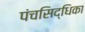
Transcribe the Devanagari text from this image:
पंचसिद्धिका